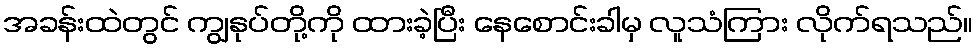
အခန်းထဲတွင် ကျွနုပ်တို့ကို ထားခဲ့ပြီး နေစောင်းခါမှ လူသံကြား လိုက်ရသည်။